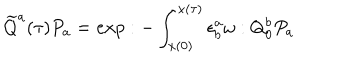
\widetilde Q ^ { a } ( \tau ) P _ { a } = e x p : - \int _ { x ( 0 ) } ^ { x ( \tau ) } \epsilon _ { b } ^ { a } \omega : Q _ { 0 } ^ { b } P _ { a }